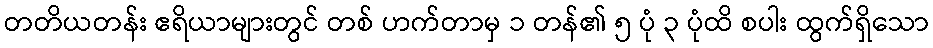
တတိယတန်း ဧရိယာများတွင် တစ် ဟက်တာမှ ၁ တန်၏ ၅ ပုံ ၃ ပုံထိ စပါး ထွက်ရှိသော